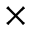
\times